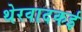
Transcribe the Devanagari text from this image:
थेरवादकई